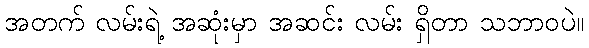
အတက် လမ်းရဲ့ အဆုံးမှာ အဆင်း လမ်း ရှိတာ သဘာဝပဲ။